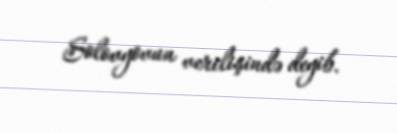
Solovyovun verilişində deyib.